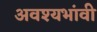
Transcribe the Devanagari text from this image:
अवश्यभांवी